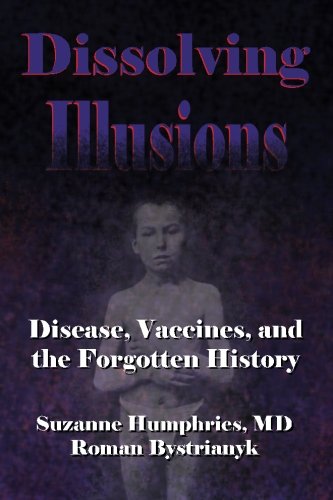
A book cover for Dissolving Illusions: Disease, Vaccines, and The Forgotten History; Suzanne Humphries MD; Medical Books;